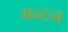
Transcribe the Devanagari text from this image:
गन्टन